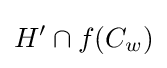
H'\cap f(C_{w})